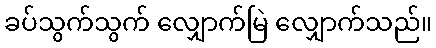
ခပ်သွက်သွက် လျှောက်မြဲ လျှောက်သည်။